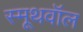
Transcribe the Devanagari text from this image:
स्मूथवॉल